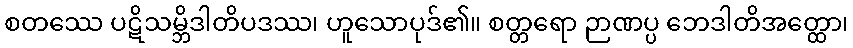
စတဿေ ပဋိသမ္ဘိဒါတိပဒဿ၊ ဟူသောပုဒ်၏။ စတ္တရော ဉာဏပ္ပ ဘေဒါတိအတ္ထော၊